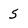
Character: 5